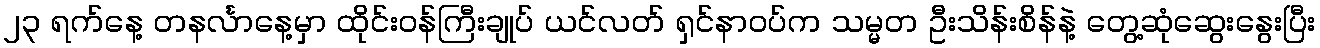
၂၃ ရက်နေ့ တနင်္လာနေ့မှာ ထိုင်းဝန်ကြီးချုပ် ယင်လတ် ရှင်နာဝပ်က သမ္မတ ဦးသိန်းစိန်နဲ့ တွေ့ဆုံဆွေးနွေးပြီး